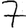
Digit: 7